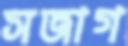
সজাগ